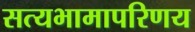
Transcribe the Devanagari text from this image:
सत्यभामापरिणय